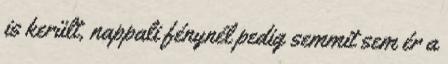
is került, nappali fénynél pedig semmit sem ér a